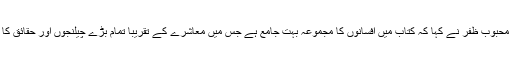
شاعر اور ادبی نقاد محبوب ظفر نے کہا کہ کتاب میں افسانوں کا مجموعہ بہت جامع ہے جس میں معاشرے کے تقریبا تمام بڑے چیلنجوں اور حقائق کا احاطہ کیا گیا ہے ۔